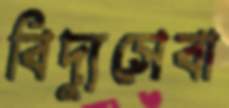
বিদ্যুসেবা